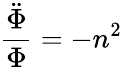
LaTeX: {\frac{\ddot{\Phi}}{\Phi}}=-n^{2}